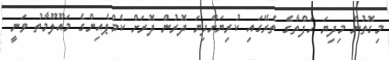
މިގޮތުން މިދިޔަ ހަފްތާގެ ތެރޭގައި ކުރިޔަށްދިޔަ ދޮރުން ދޮރަށް ކެމްޕެއިންގެ މައޫލޫމާތު ވަނީ